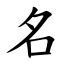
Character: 名